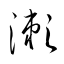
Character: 瀬